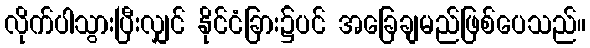
လိုက်ပါသွားပြီးလျှင် နိုင်ငံခြား၌ပင် အခြေချမည်ဖြစ်ပေသည်။